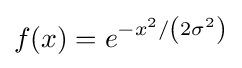
f(x)=e^{-x^{2}/\left(2\sigma ^{2}\right)}